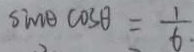
\sin \theta \cos \theta = \frac { 1 } { 6 }